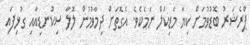
ޕްރެޝަރު ބޮޑުވުމަށް ކިޔާ މެޑިކަލް ނަމެކެވެ. އެގޮތަށް ދިމާވުމުން ލޮލާ ސިކުނޑިއާއި ގުޅިފައި